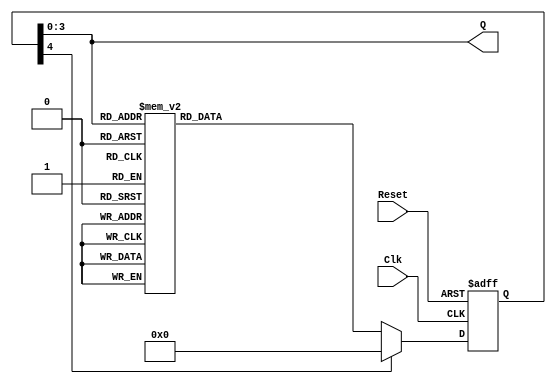
`timescale 1ns / 1ps

module Counter(
    input Clk, Reset,
    output [3:0] Q
    );
    
  // Make sure your Counter is driven by  slow clock generated by clock divider
reg[4:0] Present_State, Next_State;

parameter S0 = 4'b0000;  //Decimal Value = 0
parameter S1 = 4'b0001;  //Decimal Value = 1
parameter S2 = 4'b0010;  //Decimal Value = 2
parameter S3 = 4'b0011;  //Decimal Value = 3
parameter S4 = 4'b0100;  //Decimal Value = 4
parameter S5 = 4'b0101;  //Decimal Value = 5  
parameter S6 = 4'b0110;  //Decimal Value = 6
parameter S7 = 4'b0111;  //Decimal Value = 7
parameter S8 = 4'b1000;  //Decimal Value = 8
parameter S9 = 4'b1001;  //Decimal Value = 9
 
always @(posedge Clk, posedge Reset)
    if(Reset)
        Present_State = S0;           //If 'Reset' = Positive Edge, then
                                    // 'Present_State' = 0000 start from the beginning
    else 
        Present_State = Next_State; //Else, continue to increment (count)    
    
always@(*)              //Takes all inputs and watches if they change
    case(Present_State) //This is where the pattern begins
    S0: Next_State = S1;    // Transitions from 0 -> 1
    S1: Next_State = S2;    // Transitions from 1 -> 2
    S2: Next_State = S3;    // Transitions from 2 -> 3
    S3: Next_State = S4;    // Transitions from 3 -> 4
    S4: Next_State = S5;    // Transitions from 4 -> 5
    S5: Next_State = S6;    // Transitions from 5 -> 6
    S6: Next_State = S7;    // Transitions from 6 -> 7
    S7: Next_State = S8;    // Transitions from 7 -> 8
    S8: Next_State = S9;    // Transitions from 8 -> 9
    S9: Next_State = S0;    // Transitions from 9 -> 0
    
    default: Next_State = S0;   //Stops errors from occuring 
endcase

assign Q = Present_State[3:0]; //Final Output    
    
endmodule